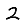
Digit: 2